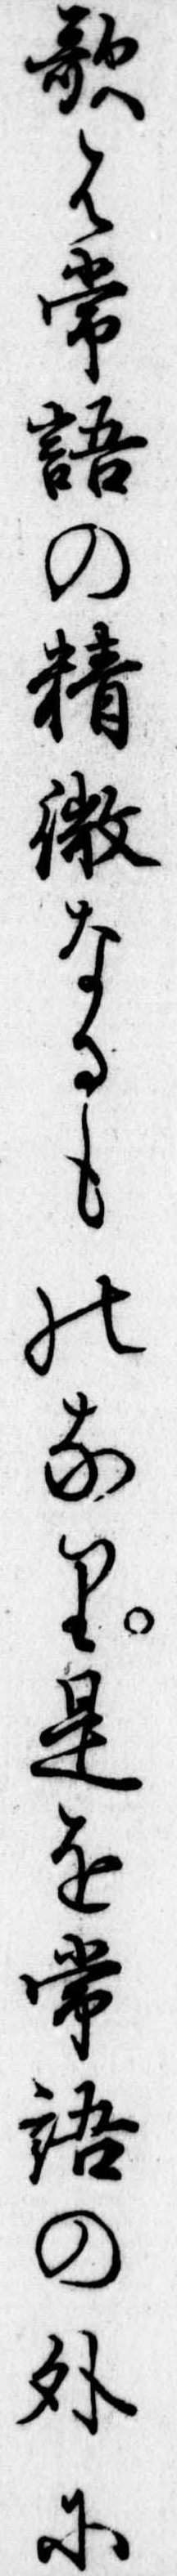
歌は常語の精微なるものなり是を常語の外に